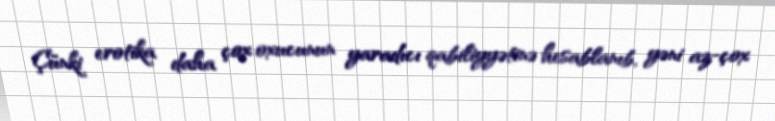
Çünki erotika daha çox oxucunun yaradıcı qabiliyyətinə hesablanıb, yəni az-çox